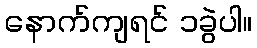
နောက်ကျရင် ၁ခွဲပါ။